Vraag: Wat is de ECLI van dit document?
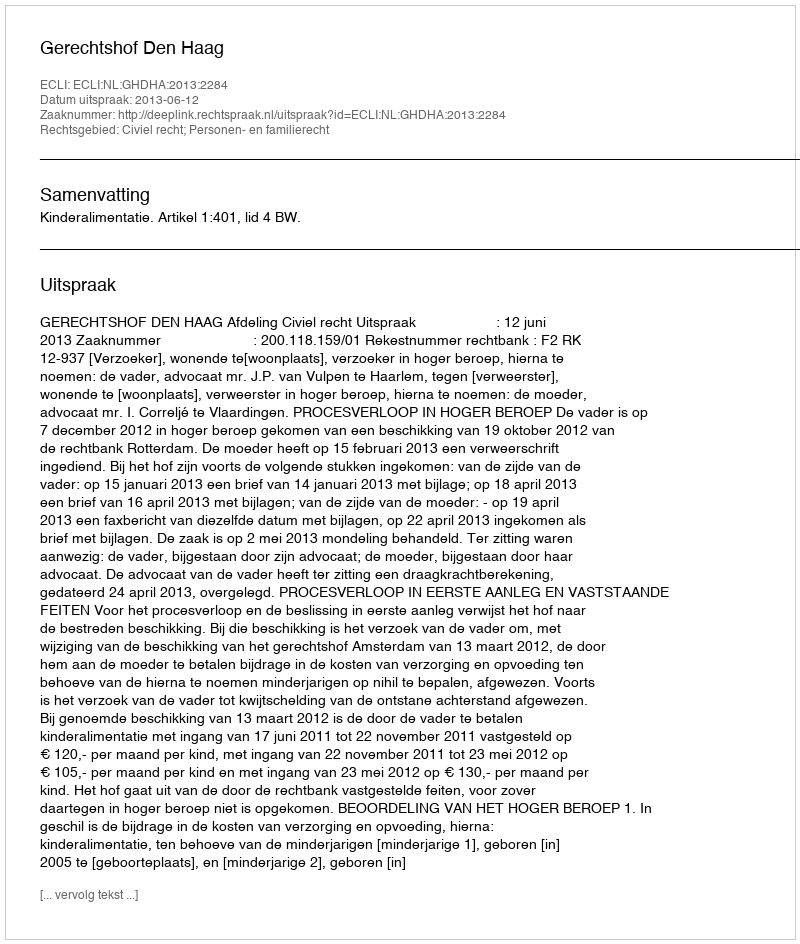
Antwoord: ECLI:NL:GHDHA:2013:2284